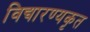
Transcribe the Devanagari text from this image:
विद्यारण्यकृत